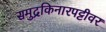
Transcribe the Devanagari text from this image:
समुद्रकिनारपट्टीवर